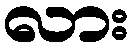
လား